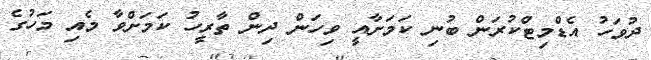
ދުވަހު އެޑްމިޓްކުރަން ބުނި ކަމަށާއީ ވިހަން ދިން ތާރީހު ކަމަށްވާ މެއި މަހުގެ